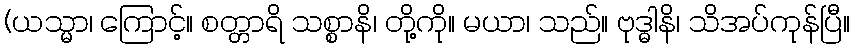
(ယသ္မာ၊ ကြောင့်။ စတ္တာရိ သစ္စာနိ၊ တို့ကို။ မယာ၊ သည်။ ဗုဒ္ဓါနိ၊ သိအပ်ကုန်ပြီ။